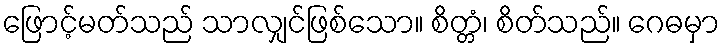
ဖြောင့်မတ်သည် သာလျှင်ဖြစ်သော။ စိတ္တံ၊ စိတ်သည်။ ဂေဓမှာ